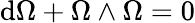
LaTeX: \mathrm{d}\Omega+\Omega\wedge\Omega=0